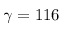
\gamma = 1 1 6